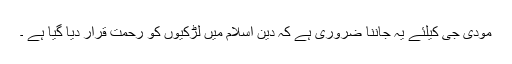
مودی جی کیلئے یہ جاننا ضروری ہے کہ دین اسلام میں لڑکیوں کو رحمت قرار دیا گیا ہے ۔